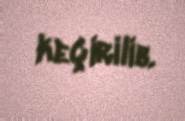
keçirilib.